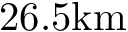
2 6 . 5 \mathrm { k m }